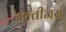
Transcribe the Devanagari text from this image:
बल्तीजस